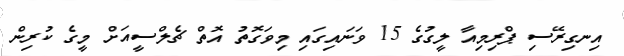
އިނގިރޭސި ޕްރިމިއާ ލީގުގެ 15 ވަނައިގައި މިވަގޮތު އޮތް ޗެލްސީއަށް މީގެ ކުރިން